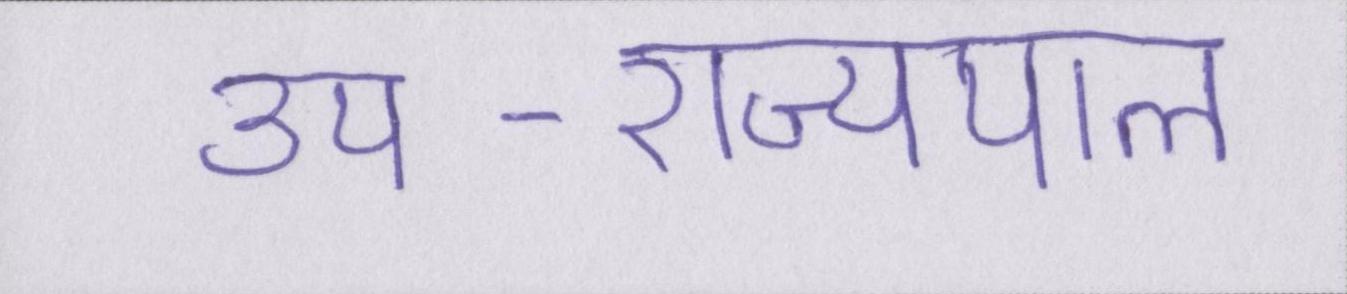
उप-राज्यपाल